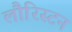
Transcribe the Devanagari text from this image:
लौरिस्टन